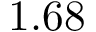
1 . 6 8